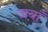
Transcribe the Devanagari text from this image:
जबाँ